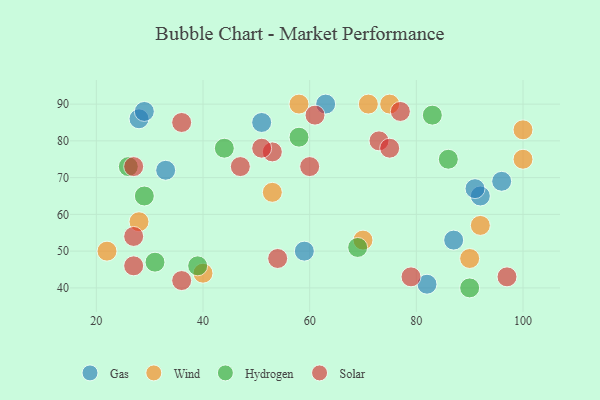
{"axis": {"x": "GDP", "y": "Life Expectancy"}, "legend": ["Gas", "Hydrogen", "Solar", "Wind"], "data": [{"x": "51", "y": 85, "type": "Gas"}, {"x": "92", "y": 65, "type": "Gas"}, {"x": "33", "y": 72, "type": "Gas"}, {"x": "87", "y": 53, "type": "Gas"}, {"x": "82", "y": 41, "type": "Gas"}, {"x": "28", "y": 86, "type": "Gas"}, {"x": "96", "y": 69, "type": "Gas"}, {"x": "91", "y": 67, "type": "Gas"}, {"x": "29", "y": 88, "type": "Gas"}, {"x": "59", "y": 50, "type": "Gas"}, {"x": "63", "y": 90, "type": "Gas"}, {"x": "71", "y": 90, "type": "Wind"}, {"x": "53", "y": 66, "type": "Wind"}, {"x": "100", "y": 75, "type": "Wind"}, {"x": "92", "y": 57, "type": "Wind"}, {"x": "40", "y": 44, "type": "Wind"}, {"x": "28", "y": 58, "type": "Wind"}, {"x": "100", "y": 83, "type": "Wind"}, {"x": "70", "y": 53, "type": "Wind"}, {"x": "58", "y": 90, "type": "Wind"}, {"x": "90", "y": 48, "type": "Wind"}, {"x": "22", "y": 50, "type": "Wind"}, {"x": "75", "y": 90, "type": "Wind"}, {"x": "44", "y": 78, "type": "Hydrogen"}, {"x": "83", "y": 87, "type": "Hydrogen"}, {"x": "86", "y": 75, "type": "Hydrogen"}, {"x": "31", "y": 47, "type": "Hydrogen"}, {"x": "90", "y": 40, "type": "Hydrogen"}, {"x": "69", "y": 51, "type": "Hydrogen"}, {"x": "58", "y": 81, "type": "Hydrogen"}, {"x": "29", "y": 65, "type": "Hydrogen"}, {"x": "39", "y": 46, "type": "Hydrogen"}, {"x": "26", "y": 73, "type": "Hydrogen"}, {"x": "79", "y": 43, "type": "Solar"}, {"x": "27", "y": 54, "type": "Solar"}, {"x": "73", "y": 80, "type": "Solar"}, {"x": "75", "y": 78, "type": "Solar"}, {"x": "60", "y": 73, "type": "Solar"}, {"x": "47", "y": 73, "type": "Solar"}, {"x": "36", "y": 42, "type": "Solar"}, {"x": "53", "y": 77, "type": "Solar"}, {"x": "54", "y": 48, "type": "Solar"}, {"x": "36", "y": 85, "type": "Solar"}, {"x": "97", "y": 43, "type": "Solar"}, {"x": "27", "y": 46, "type": "Solar"}, {"x": "51", "y": 78, "type": "Solar"}, {"x": "61", "y": 87, "type": "Solar"}, {"x": "27", "y": 73, "type": "Solar"}, {"x": "77", "y": 88, "type": "Solar"}]}